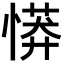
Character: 𢟨